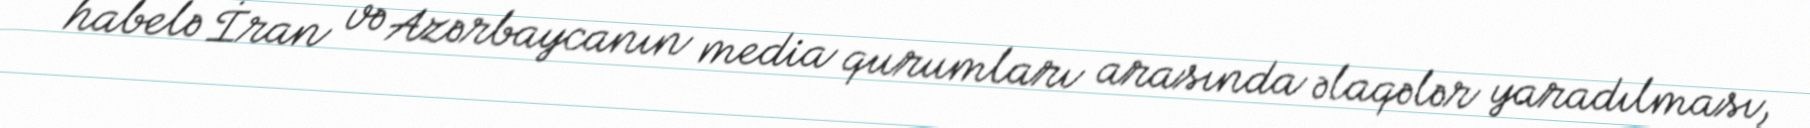
habelə İran və Azərbaycanın media qurumları arasında əlaqələr yaradılması,